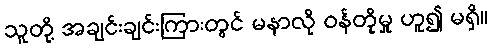
သူတို့ အချင်းချင်းကြားတွင် မနာလို ဝန်တိုမှု ဟူ၍ မရှိ။